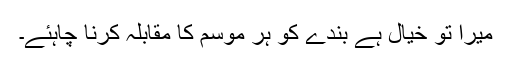
میرا تو خیال ہے بندے کو ہر موسم کا مقابلہ کرنا چاہئے۔